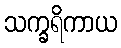
သက္ခရိကာယ